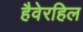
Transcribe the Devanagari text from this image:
हैवेरहिल